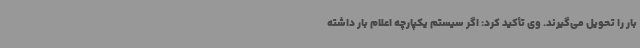
بار را تحویل می‌گیرند. وی تأکید کرد: اگر سیستم یکپارچه اعلام بار داشته